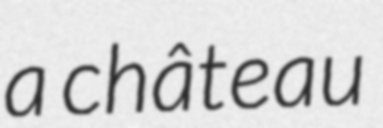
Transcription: a château